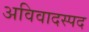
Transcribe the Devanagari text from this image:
अविवादस्पद